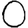
Digit: 0